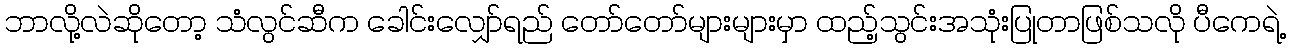
ဘာလို့လဲဆိုတော့ သံလွင်ဆီက ခေါင်းလျှော်ရည် တော်တော်များများမှာ ထည့်သွင်းအသုံးပြုတာဖြစ်သလို ပီကေရဲ့